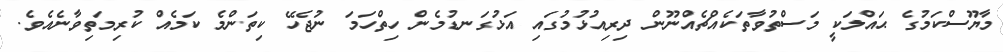
މާޔޫސްކަމުގެ ޙައްލަކީ މަސްތުވާތަކެއްޗެއްނޫން ދިރިއުޅުމުގައި އަޅުގަނޑުމެން ހިތްހަމަ ނުޖެހޭ ކިތަންމެ ކަމެއް ކުރިމަތިވާނެއެވެ.